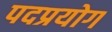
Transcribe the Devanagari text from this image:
पदप्रयोग